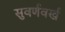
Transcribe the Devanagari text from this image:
सुवर्णवर्ख